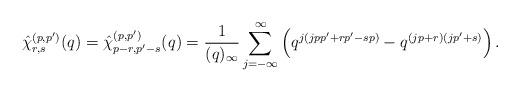
LaTeX: \begin{align*}\hat{\chi}^{(p,p')}_{r,s}(q)=\hat{\chi}^{(p,p')}_{p-r,p'-s}(q)=\frac{1}{(q)_{\infty}}\sum_{j=-\infty}^{\infty} \left( q^{j(jpp'+rp'-sp)}- q^{(jp+r)(jp'+s)} \right).\end{align*}